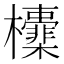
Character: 𣠻